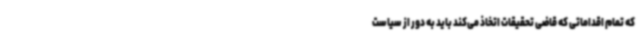
که تمام اقداماتی که قاضی تحقیقات اتخاذ می‌کند باید به دور از سیاست